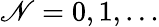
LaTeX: \mathscr{N}=0,1,\ldots